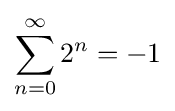
\sum _{n=0}^{\infty }2^{n}=-1